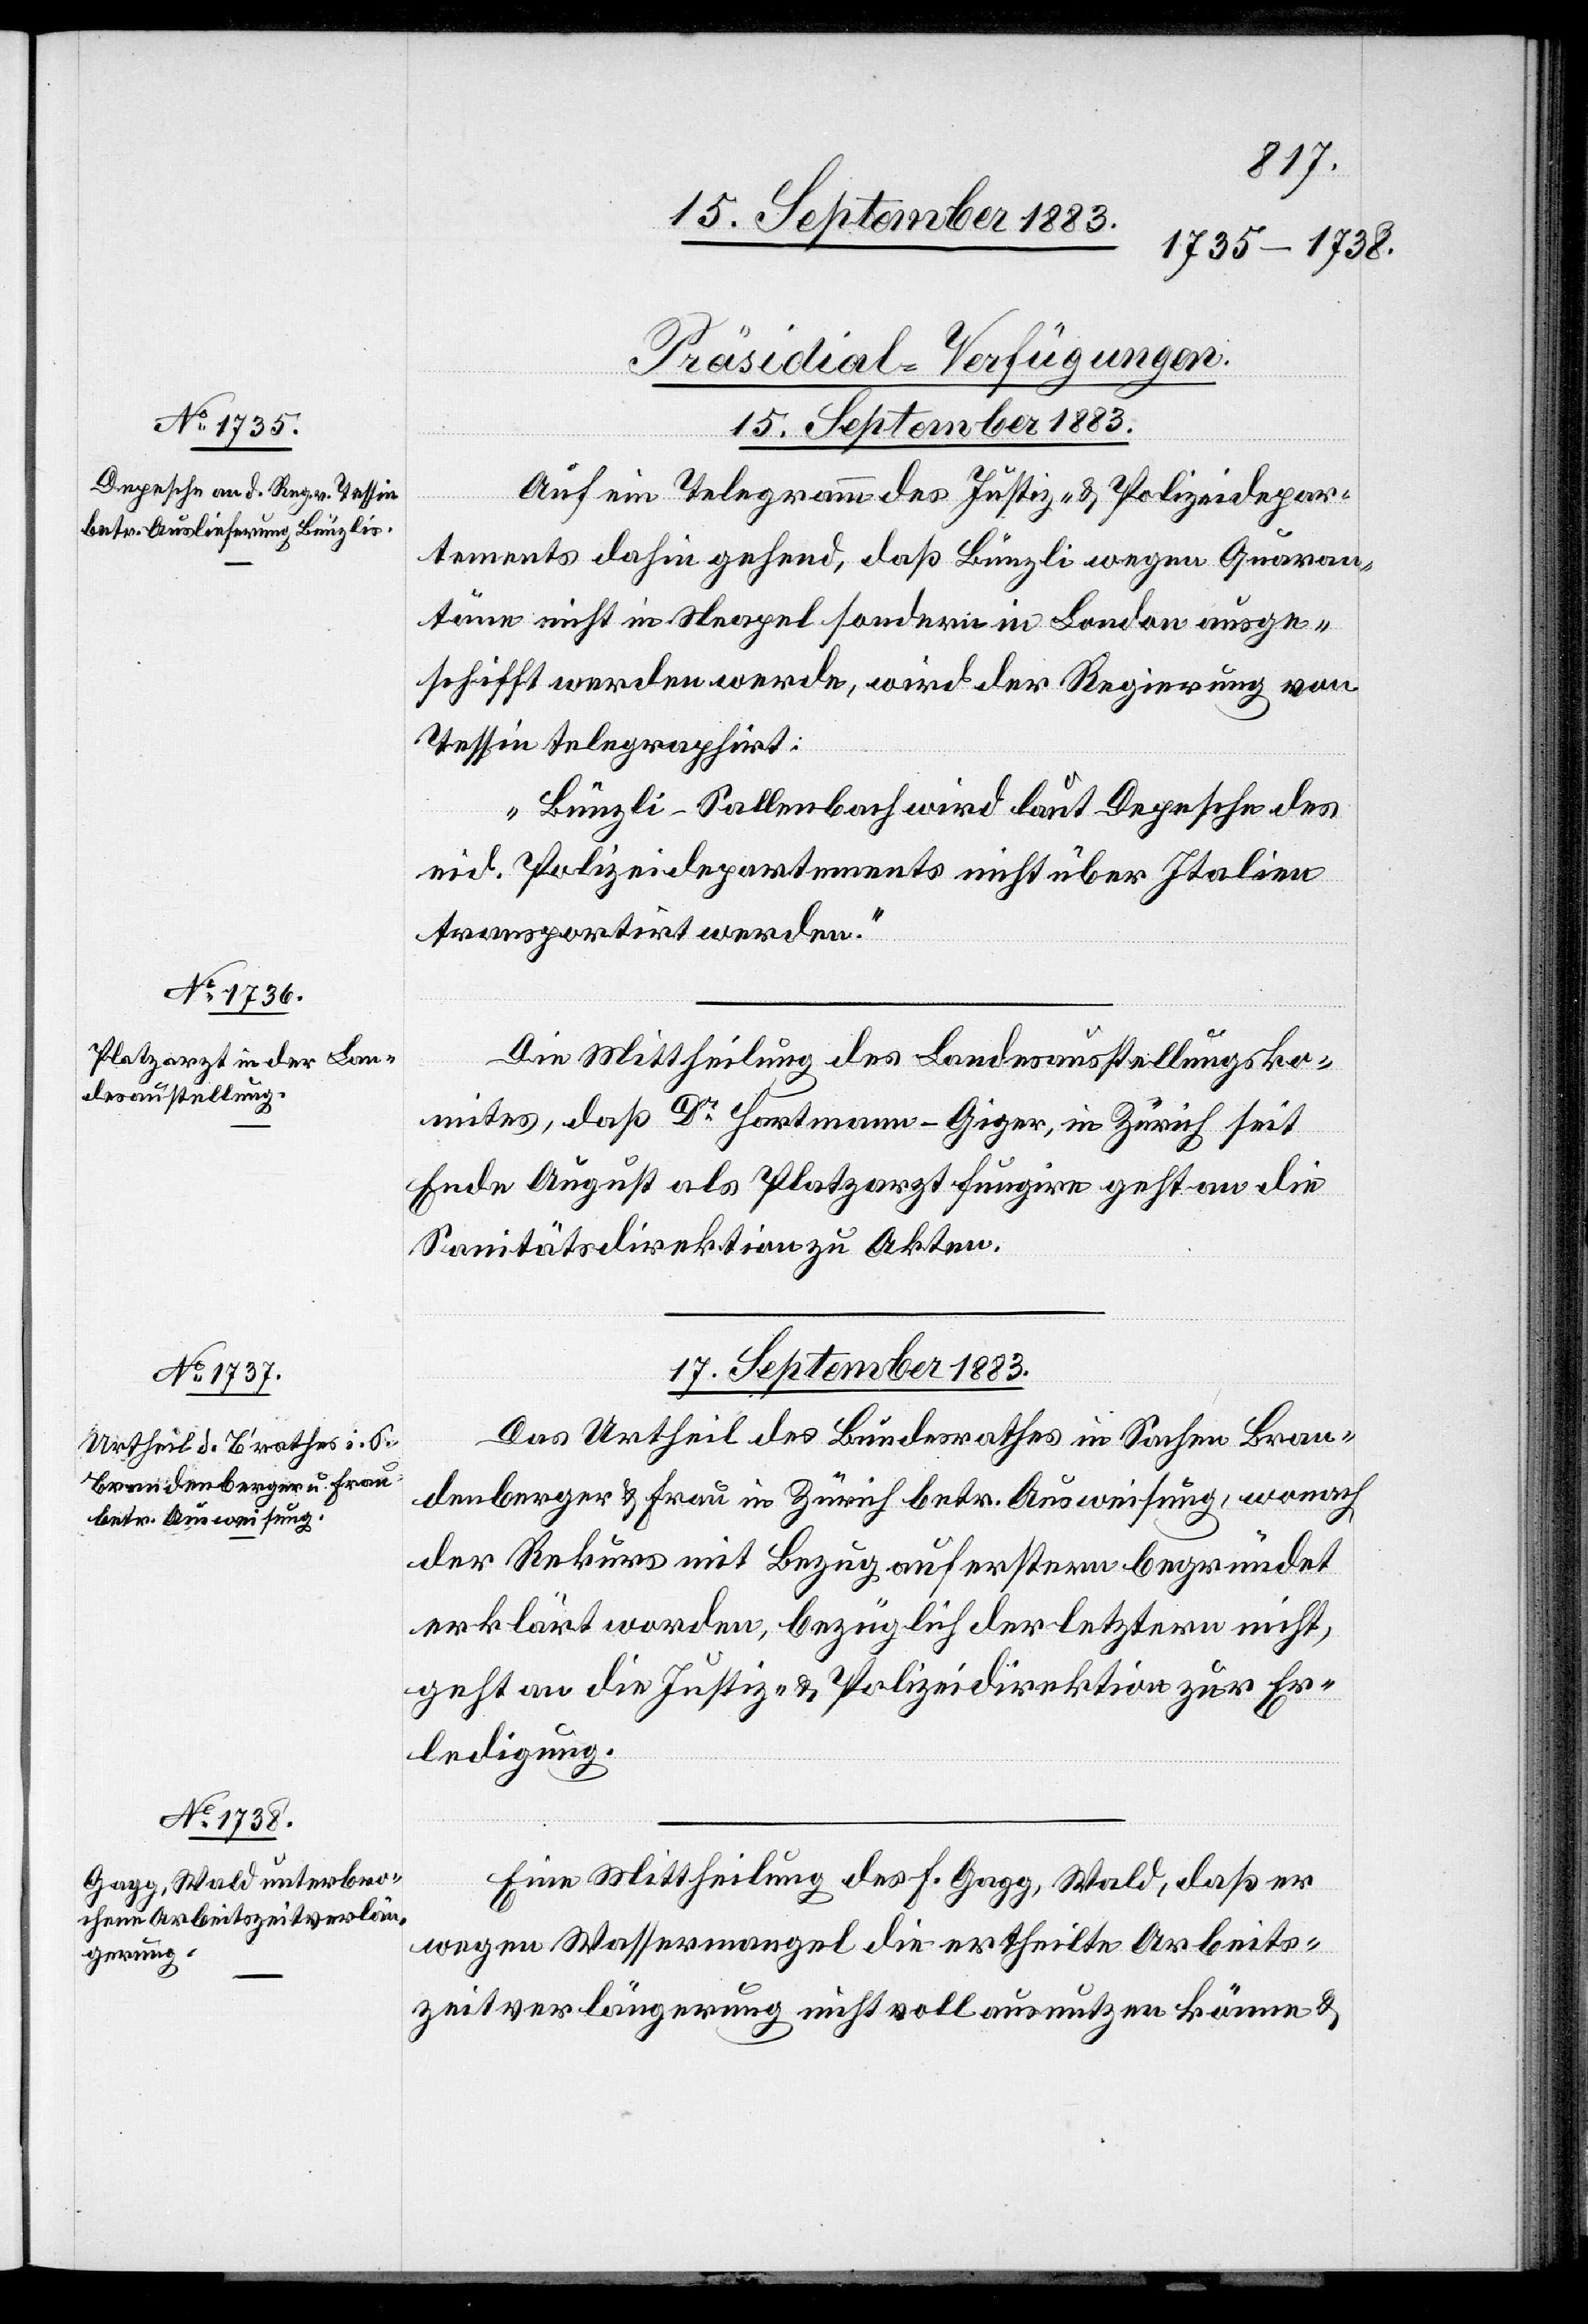
15. September 1883.]
[Präsidial-Verfügungen.
Auf ein Telegramm des Justiz- & Polizeidepar¬
tements dahin gehend, daß Bünzli wegen Quaran¬
täne nicht in Neapel sondern in London ausge¬
schifft werden werde, wird der Regierung von
Tessin telegraphirt:
„Bünzli-Sallenbach wird laut Depesche des
eid. Polizeidepartements nicht über Italien
transportirt werden.“
Die Mittheilung des Landesausstellungsko¬
mites, daß Dr Hartmann-Giger, in Zürich seit
Ende August als Platzarzt fungire geht an die
Sanitätsdirektion zu Akten.
17. September 1883.]
Das Urtheil des Bundesrathes in Sachen Bran¬
denberger & Frau in Zürich betr. Ausweisung, wonach
der Rekurs mit Bezug auf erstern begründet
erklärt worden, bezüglich der letztern nicht,
geht an die Justiz- & Polizeidirektion zur Er¬
ledigung.
Eine Mittheilung des F. Gagg, Wald, daß er
wegen Wassermangel die ertheilte Arbeits¬
zeitverlängerung nicht voll ausnutzen könne &